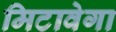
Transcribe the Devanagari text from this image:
मिटावेगा